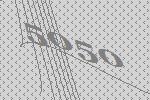
5050